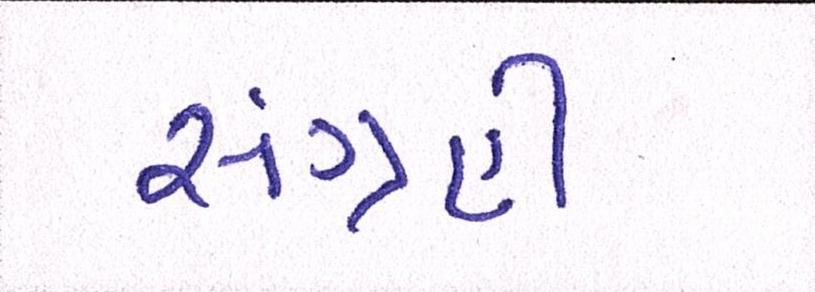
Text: સંગ્રહી